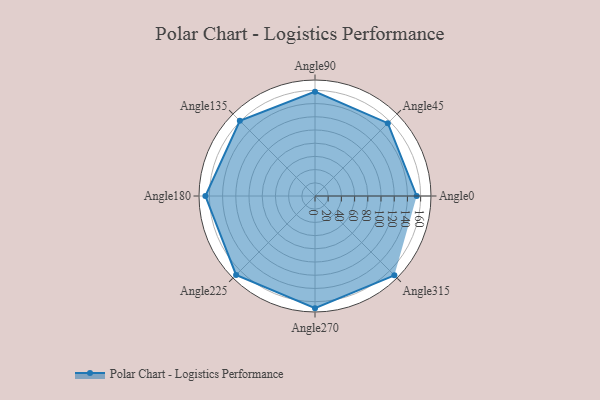
{"axis": {"x": "Angle", "y": "Radius"}, "legend": [""], "data": [{"x": "Angle0", "y": 154.0, "type": ""}, {"x": "Angle45", "y": 156.0, "type": ""}, {"x": "Angle90", "y": 158.0, "type": ""}, {"x": "Angle135", "y": 161.0, "type": ""}, {"x": "Angle180", "y": 166.0, "type": ""}, {"x": "Angle225", "y": 169.0, "type": ""}, {"x": "Angle270", "y": 170, "type": ""}, {"x": "Angle315", "y": 170, "type": ""}]}